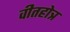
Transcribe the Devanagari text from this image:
वीतहोत्र